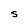
Character: S